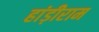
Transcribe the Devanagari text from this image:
हांड़ीराम